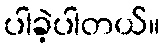
ပါခဲ့ပါတယ်။